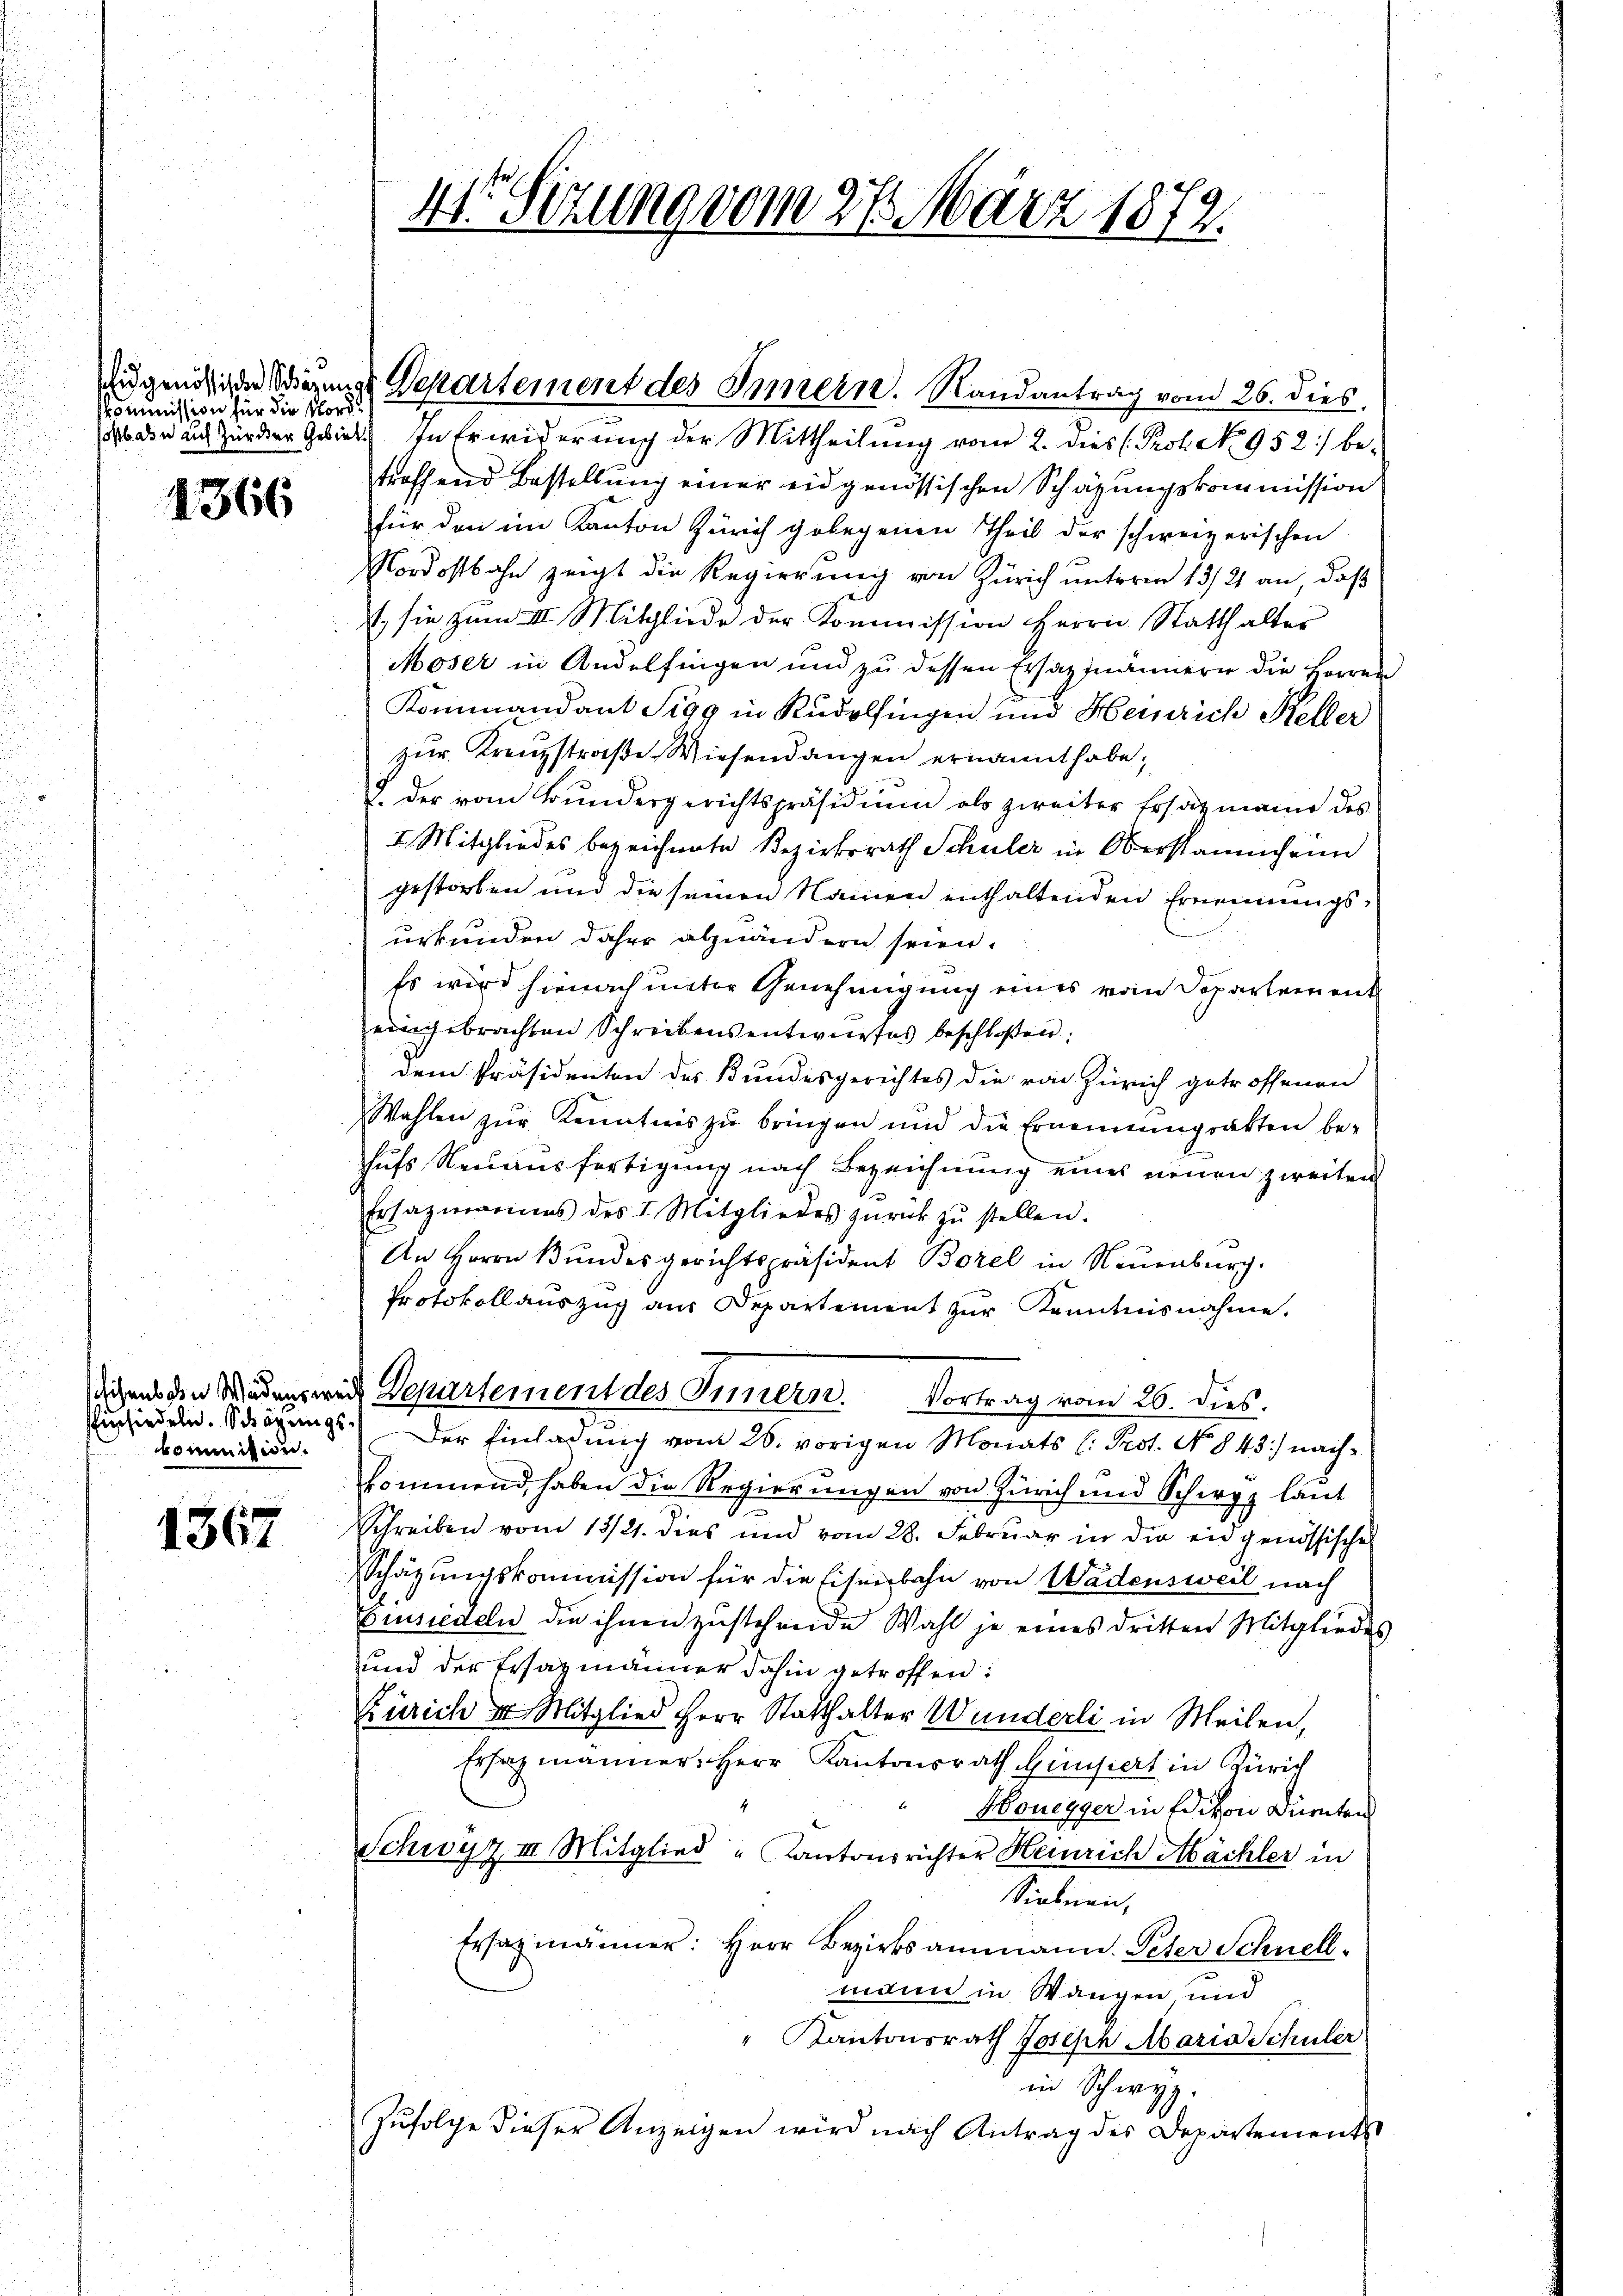
skommission für die Morde

1366

Einsiedeln. Schazungskommission.

1367

4te Sitzung vom 27. März 1872.

treffend Bestellung einer eidgenössischen Schazungskommission
für den im Kanton Zürich gelegenen Theil der schweizerischen
Nordostbahn zeigt die Regierung von Zürich unterm 13/2 an, daß
t. sie zŭm III. Mitgliede der Kommission Herrn Statthalter
Moser in Andelfingen und zu dessen Ersatzmännern die Herren
Kommandant Sigg in Rudolfingen und Heinrich Keller
zur Kreuzstraße Wiesendangen ernannt habe,
. der vom Bundergerichtspräsidium als zweiter Ersatzmann des
I. Mitgliedes bezeichnete Bezirksrath Schuler in Oberstammhann
gestorben und die seinen Namen enthaltenden Ernennungsurkunden daher abzuändern seien.
Es wird hienach unter Genehmigung eines vom Departement
eingebrachten Schreibensentwurfes beschloßen:
dem Präsidenten des Bundesgerichtes die von Zürich getroffenen
Wahlen zŭr Kenntnis zŭ bringen und die Ernennungsakten be-
hŭfs Neuausfertigung nach Bezeichnung eines neuen zweiten
Ersazmariums des I. Mitgliedes zŭrück zŭ stellen:
An Herrn Bundesgerichtspräsident Borel in Neuenburg.
Protokollauszug aus Departement zŭr Kenntnisnahme.
diehens den Wädensweich Departement des Innern. Vortrag vom 26. dies
Der Einladung vom 26. vorigen Monats (: Prot. No 843) nachkommend, haben die Regierungen von Zürich und Schirpz laut
Schreiben vom 13/21. dies und vom 28. Februar in die eidgenössisches
Schätzungskommission für die Eisenbahn von Wädensweil nach
Einsiedeln die ihnen zustehende Wahl je eines dritten Mitgliedes
und der Ersatzmänner dahin getroffen:
Zürich er Mitglied Herr Statthalter Wunderli in Weilen,
Ersatzmänner Herr Kantonsrath Hinsiert in Zürich
Honegger in Edikon Dürnten
Schwyz III Mitglied " Kantonsrichter Heinrich Abächler in
Siebnen,
Ersatzmänner: Herr Bezirksammann. Peter Schnellmann in Wangen, und
" Kantonsrath Joseph Maria Schüler
in Schwyz.
Zŭfolge dieser Anzeigen wird nach Antrag des Departements

fugendige Neue Departement des Innern. Randantrag vom 26. dies
/s der auch für der Gebiet. In Erwiderung der Mittheilung vom 2. dies (Prot. No 952) be-